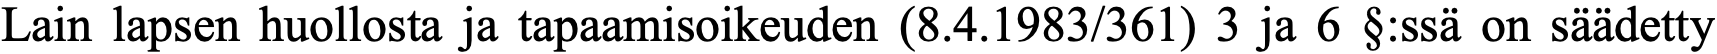
Lain lapsen huollosta ja tapaamisoikeuden (8.4.1983/361) 3 ja 6 §:ssä on säädetty